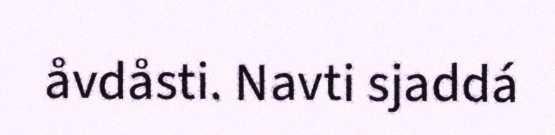
åvdåsti. Navti sjaddá